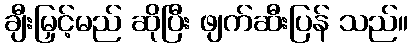
ချီးမြှင့်မည် ဆိုပြီး ဖျက်ဆီးပြန် သည်။